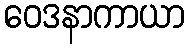
ဝေဒနာကာယာ